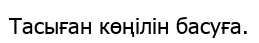
Тасыған көңілін басуға.